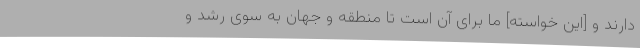
دارند و [این خواسته] ما برای آن است تا منطقه و جهان به سوی رشد و